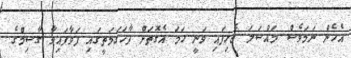
އެހެން ނަމަވެސް މައްސަލަ ޖެހިފައި ވަނީ ހަމަ އެގޮތަށް ފާހަގަމަތީގައި ފަވާފައިވާ ގާސިމްގެ